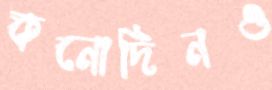
কনোদিনও